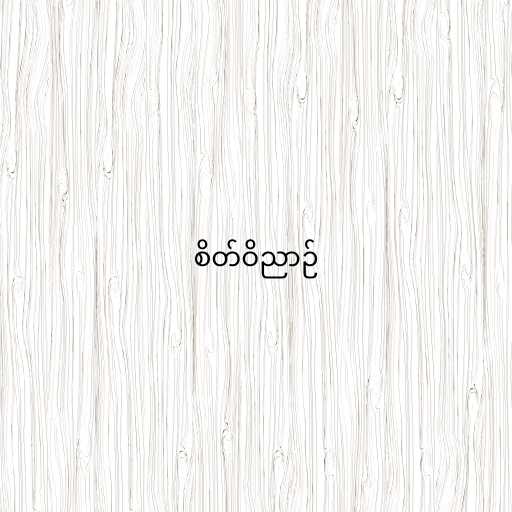
စိတ်ဝိညာဉ်